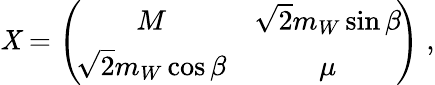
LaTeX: \mathit{X}=\left(\! \begin{array}{cc}{{M}}&{{\sqrt{2}m_{W}\sin\beta}}\\ {{\sqrt{2}m_{W}\cos\beta}}&{{\mu}}\end{array}\! \right)\; ,